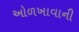
ઓળખાવાની